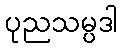
ပုညသမ္ပဒါ